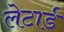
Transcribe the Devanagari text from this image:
लेटार्ड